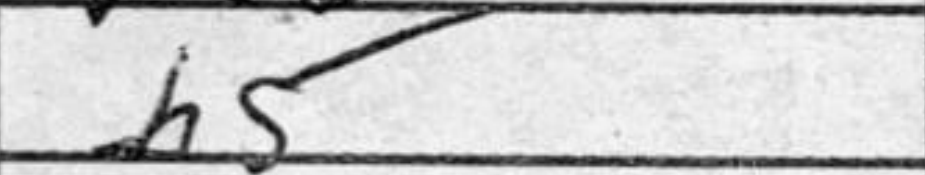
Transcription: h5